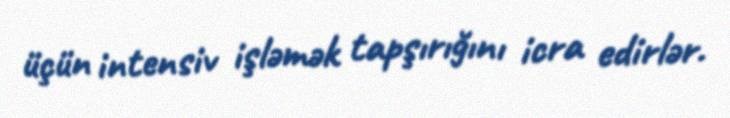
üçün intensiv işləmək tapşırığını icra edirlər.